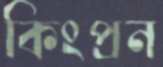
কিংপ্রন